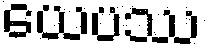
ယေပဿ